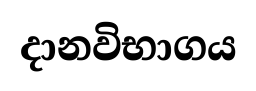
දානවිභාගය